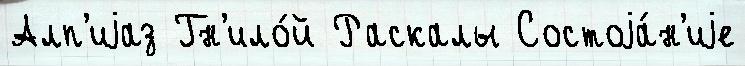
Алп'иjаз Гн'ило́й Раскалы Состоjа́н'иjе